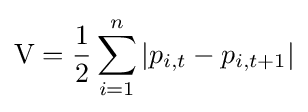
\mathrm {V} ={\frac {1}{2}}\sum _{i=1}^{n}|p_{i,t}-p_{i,t+1}|